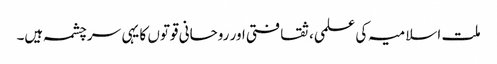
ملت اسلامیہ کی علمی، ثقافتی اور روحانی قوتوں کا یہی سرچشمہ ہیں۔